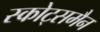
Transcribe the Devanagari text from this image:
स्कोट्समैन